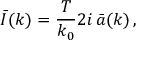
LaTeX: \bar { I } ( k ) = { \frac { T } { k _ { 0 } } } 2 i \, \bar { a } ( k ) \, ,